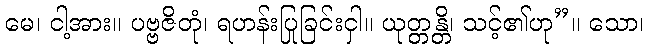
မေ၊ ငါ့အား။ ပဗ္ဗဇိတုံ၊ ရဟန်းပြုခြင်းငှါ။ ယုတ္တန္တိ၊ သင့်၏ဟု”။ သော၊